Vaccination report Assam 1896-1927 - 1896-1927
Year: 1896
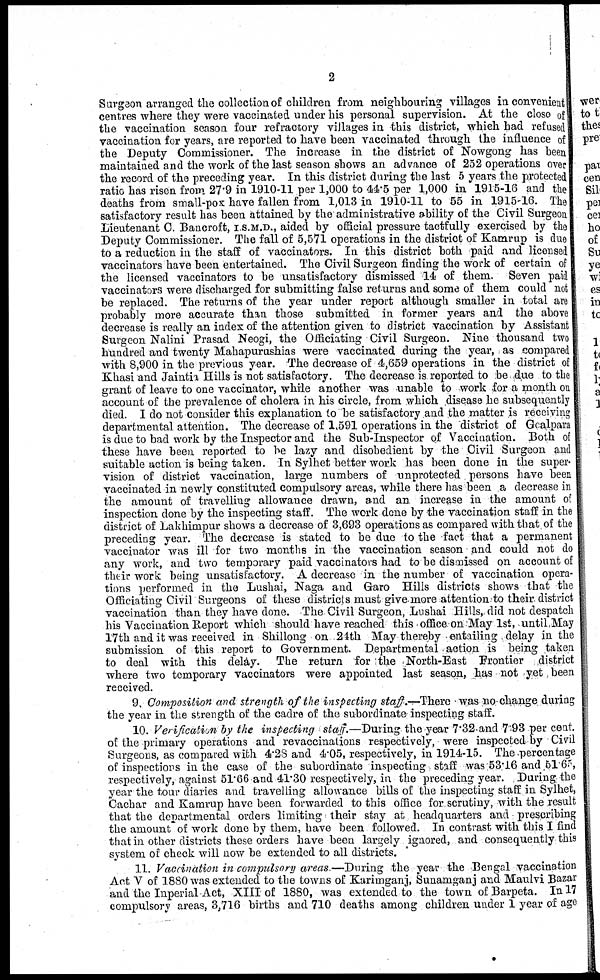
2
Surgeon arranged the collection of children from neighbouring villages in convenient
centres where they were vaccinated under his personal supervision. At the close of
the vaccination season four refractory villages in this district, which had refused
vaccination for years, are reported to have been vaccinated through the influence of
the Deputy Commissioner. The increase in the district of Nowgong has been
maintained and the work of the last season shows an advance of 252 operations over
the record of the preceding year. In this district during the last 5 years the protected
ratio has risen from 27.9 in 1910-11 per 1,000 to 44.5 per 1,000 in 1915-16 and the
deaths from small-pox have fallen from 1,013 in 1910-11 to 55 in 1915-16. The
satisfactory result has been attained by the administrative ability of the Civil Surgeon
Lieutenant C. Bancroft, I.S.M.D., aided by official pressure tactfully exercised by the
Deputy Commissioner. The fall of 5,571 operations in the district of Kamrup is due
to a reduction in the staff of vaccinators. In this district both paid and licensed
vaccinators have been entertained. The Civil Surgeon finding the work of certain of
the licensed vaccinators to be unsatisfactory dismissed 14 of them. Seven paid
vaccinators were discharged for submitting false returns and some of them could not
be replaced. The returns of the year under report although smaller in total are
probably more accurate than those submitted in former years and the above
decrease is really an index of the attention given to district vaccination by Assistant
Surgeon Nalini Prasad Neogi, the Officiating Civil Surgeon. Nine thousand two
hundred and twenty Mahapurushias were vaccinated during the year, as compared
with 8,900 in the previous year. The decrease of 4,659 operations in the district of
Khasi and Jaintia Hills is not satisfactory. The decrease is reported to be due to the
grant of leave to one vaccinator, while another was unable to work for a month on
account of the prevalence of cholera in his circle, from which disease he subsequently
died. I do not consider this explanation to be satisfactory and the matter is receiving
departmental attention. The decrease of 1,591 operations in the district of Goalpara
is due to bad work by the Inspector and the Sub-Inspector of Vaccination. Both of
these have been reported to be lazy and disobedient by the Civil Surgeon and
suitable action is being taken. In Sylhet better work has been done in the super-
vision of district vaccination, large numbers of unprotected persons have been
vaccinated in newly constituted compulsory areas, while there has been a decrease in
the amount of travelling allowance drawn, and an increase in the amount of
inspection done by the inspecting staff. The work done by the vaccination staff in the
district of Lakhimpur shows a decrease of 3,693 operations as compared with that of the
preceding year. The decrease is stated to be due to the fact that a permanent
vaccinator was ill for two months in the vaccination season and could not do
any work, and two temporary paid vaccinators had to be dismissed on account of
their work being unsatisfactory. A decrease in the number of vaccination opera-
tions performed in the Lushai, Naga and Garo Hills districts shows that the
Officiating Civil Surgeons of these districts must give more attention to their district
vaccination than they have done. The Civil Surgeon, Lushai Hills, did not despatch
his Vaccination Report which should have reached this office on May 1st, until May
17th and it was received in Shillong on 24th May thereby entailing delay in the
submission of this report to Government. Departmental. action is being taken
to deal with this delay. The return for the North East Frontier district
where two temporary vaccinators were appointed last season, has not yet been
received.
9. Composition and strength of the inspecting staff.—There was no change during
the year in the strength of the cadre of the subordinate inspecting staff.
10. Verification by the inspecting staff.—During the year 7.32 and 7.93 per cent.
of the primary operations and revaccinations respectively, were inspected by Civil
Surgeons, as compared with 4.28 and 4.05, respectively, in 1914-15. The percentage
of inspections in the case of the subordinate inspecting staff was ,53.16 and 51.65,
respectively, against 51.66 and 41.30 respectively, in the preceding year. During the
year the tour diaries and travelling allowance bills of the inspecting staff in Sylhet,
Cachar and Kamrup have been forwarded to this office for scrutiny, with the result
that the departmental orders limiting their stay at headquarters and prescribing
the amount of work done by them, have been followed. In contrast with this I find
that in other districts these orders have been largely ignored, and consequently this
system of check will now be extended to all districts.
11. Vaccination in compulsory areas —During the year the Bengal vaccination
Act V of 1880 was extended to the towns of Karimganj, Sunamganj and Maulvi Bazar
and the Inperial Act, XIII of 1880, was extended to the town of Barpeta. In 17
compulsory areas, 3,716 births and 710 deaths among children under 1 year of age